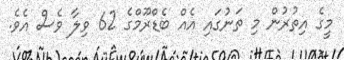
މީގެ އިތުރުން މި ތަނުގައި އެއް ބެޑްރޫމްގެ 62 ވިލާ ވެސް އެވެ.